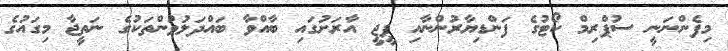
މިފެންނަނީ ސުޕްރިމް ކޯޓުގެ ފަންޑިޔާރުންނާއި ޕީޖީ އާރަށުގައި ބާއްވާ ބައްދަލުވުންތަކުގެ ނަތީޖާ މިގައުގެ